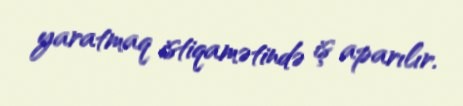
yaratmaq istiqamətində iş aparılır.